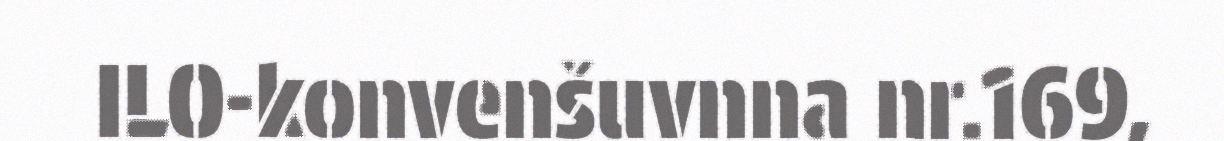
ILO-konvenšuvnna nr.169,